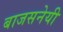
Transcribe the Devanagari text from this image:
बाजसनेयी